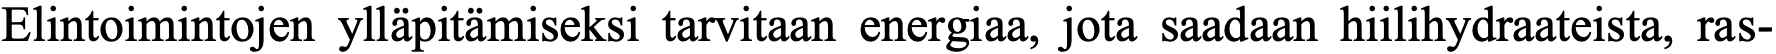
Elintoimintojen ylläpitämiseksi tarvitaan energiaa, jota saadaan hiilihydraateista, ras-